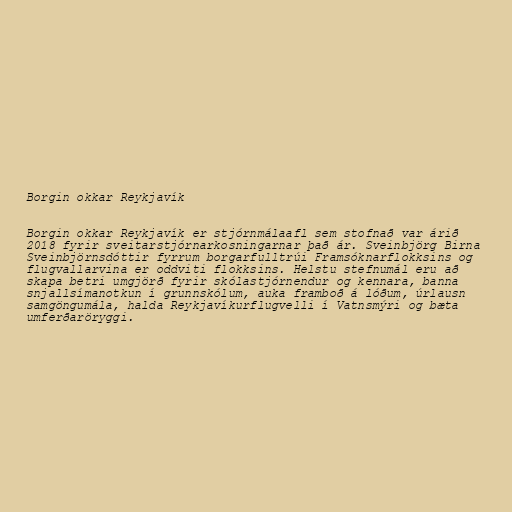
Borgin okkar Reykjavík

Borgin okkar Reykjavík er stjórnmálaafl sem stofnað var árið
2018 fyrir sveitarstjórnarkosningarnar það ár. Sveinbjörg Birna
Sveinbjörnsdóttir fyrrum borgarfulltrúi Framsóknarflokksins og
flugvallarvina er oddviti flokksins. Helstu stefnumál eru að
skapa betri umgjörð fyrir skólastjórnendur og kennara, banna
snjallsímanotkun í grunnskólum, auka framboð á lóðum, úrlausn
samgöngumála, halda Reykjavíkurflugvelli í Vatnsmýri og bæta
umferðaröryggi.